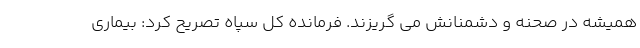
همیشه در صحنه و دشمنانش می گریزند. فرمانده کل سپاه تصریح کرد: بیماری